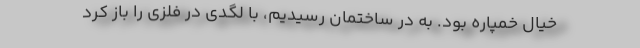
خیال خمپاره بود. به در ساختمان رسیدیم، با لگدی در فلزی را باز کرد